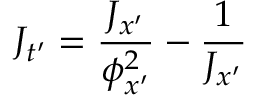
J _ { t ^ { \prime } } = \frac { J _ { x ^ { \prime } } } { \phi _ { x ^ { \prime } } ^ { 2 } } - \frac { 1 } { J _ { x ^ { \prime } } }